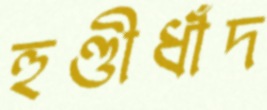
হুণ্ডীধাঁদ